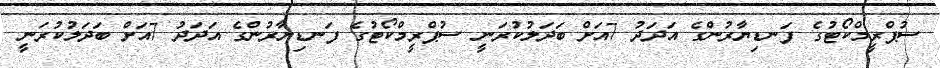
ސުޕްރީމްކޯޓުގެ ފަނޑިޔާރުންގެ އަދަދު 7އަށް ބަދަލުކުރަނީ ސުޕްރީމްކޯޓުގެ ފަނޑިޔާރުންގެ އަދަދު 7އަށް ބަދަލުކުރަނީ